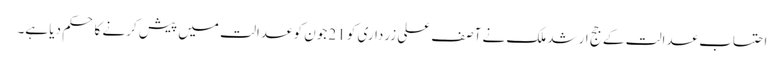
احتساب عدالت کے جج ارشد ملک نے آصف علی زرداری کو 21 جون کو عدالت میں پیش کرنے کا حکم دیا ہے۔